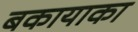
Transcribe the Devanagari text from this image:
बकायाका